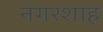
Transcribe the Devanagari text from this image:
नगरशाह